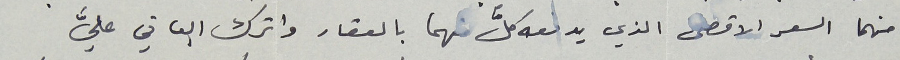
منهما السعر الاقصى الذي يدفعه كلٌّ منهما بالعقار واترك الباقي عليَّ